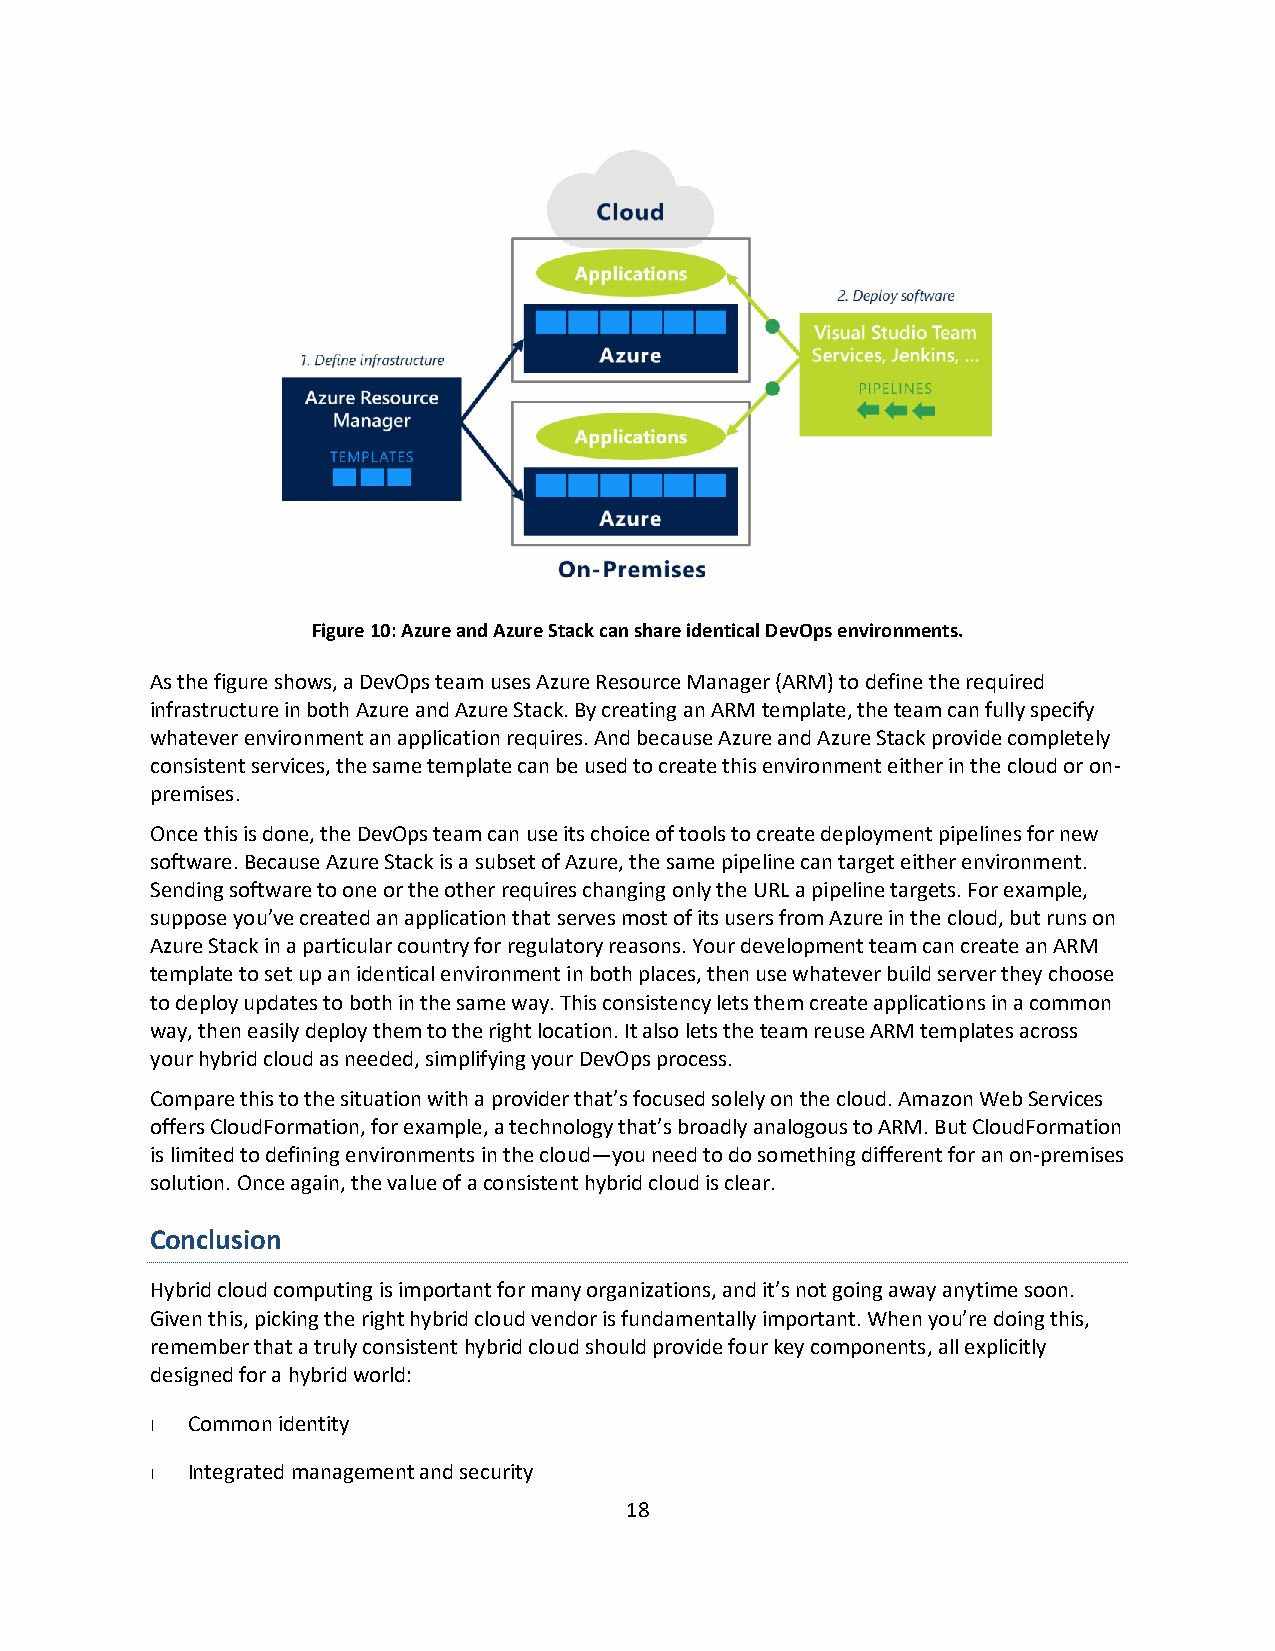
Figure 10: Azure and Azure Stack can share identical DevOps environments.
 As the figure shows, a DevOps team uses Azure Resource Manager (ARM) to define the required
 infrastructure in both Azure and Azure Stack. By creating an ARM template, the team can fully specify
 whatever environment an application requires. And because Azure and Azure Stack provide completely
 consistent services, the same template can be used to create this environment either in the cloud or on-
 premises.
 Once this is done, the DevOps team can use its choice of tools to create deployment pipelines for new
 software. Because Azure Stack is a subset of Azure, the same pipeline can target either environment.
 Sending software to one or the other requires changing only the URL a pipeline targets. For example,
 suppose you’ve created an application that serves most of its users from Azure in the cloud, but runs on
 Azure Stack in a particular country for regulatory reasons. Your development team can create an ARM
 template to set up an identical environment in both places, then use whatever build server they choose
 to deploy updates to both in the same way. This consistency lets them create applications in a common
 way, then easily deploy them to the right location. It also lets the team reuse ARM templates across
 your hybrid cloud as needed, simplifying your DevOps process.
 Compare this to the situation with a provider that’s focused solely on the cloud. Amazon Web Services
 offers CloudFormation, for example, a technology that’s broadly analogous to ARM. But CloudFormation
 is limited to defining environments in the cloud—you need to do something different for an on-premises
 solution. Once again, the value of a consistent hybrid cloud is clear.
 Conclusion
 Hybrid cloud computing is important for many organizations, and it’s not going away anytime soon.
 Given this, picking the right hybrid cloud vendor is fundamentally important. When you’re doing this,
 remember that a truly consistent hybrid cloud should provide four key components, all explicitly
 designed for a hybrid world:
 Common identity
 Integrated management and security
 18